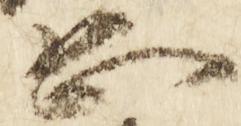
恐